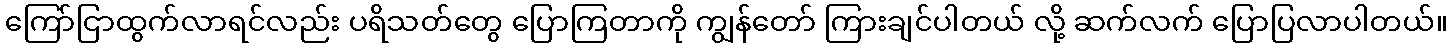
ကြော်ငြာထွက်လာရင်လည်း ပရိသတ်တွေ ပြောကြတာကို ကျွန်တော် ကြားချင်ပါတယ် လို့ ဆက်လက် ပြောပြလာပါတယ်။